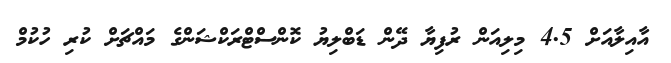
އާއިލާއަށް 4.5 މިލިއަން ރުފިޔާ ދޭން ޑަބްލިޔު ކޮންސްޓްރަކްޝަންގެ މައްޗަށް ކުރި ހުކުމް